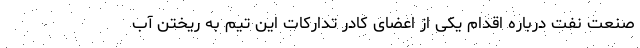
صنعت نفت درباره اقدام یکی از اعضای کادر تدارکات این تیم به ریختن آب